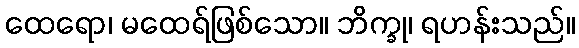
ထေရော၊ မထေရ်ဖြစ်သော။ ဘိက္ခု၊ ရဟန်းသည်။